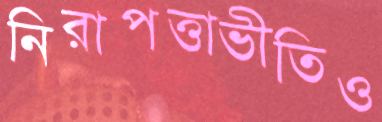
নিরাপত্তাভীতিও